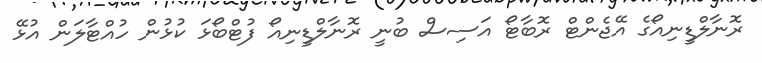
ރޮނާލްޑީނިއޯގެ އޭޖެންޓް ރޮބާޓޯ އަސިސް ބުނީ ރޮނާލްޑީނިއޯ ފުޓްބޯޅަ ކުޅުން ހުއްޓާލަން އުޅޭ